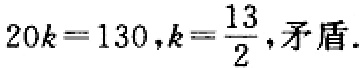
$20k = 130,k = \frac{13}{2},\text{矛盾}.$